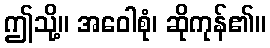
ဤသို့။ အဝေါစုံ၊ ဆိုကုန်၏။